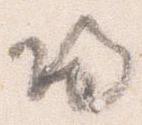
帰